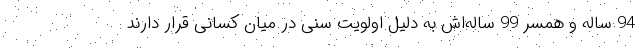
94 ساله و همسر 99 ساله‌اش به دلیل اولویت سنی در میان کسانی قرار دارند